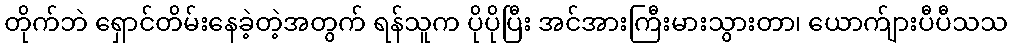
တိုက်ဘဲ ရှောင်တိမ်းနေခဲ့တဲ့အတွက် ရန်သူက ပိုပိုပြီး အင်အားကြီးမားသွားတာ၊ ယောက်ျားပီပီသသ